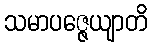
သမာပဇ္ဇေယျာတိ